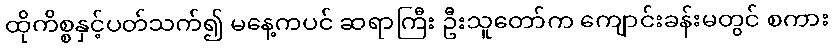
ထိုကိစ္စနှင့်ပတ်သက်၍ မနေ့ကပင် ဆရာကြီး ဦးသူတော်က ကျောင်းခန်းမတွင် စကား